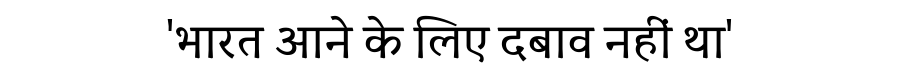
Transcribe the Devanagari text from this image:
'भारत आने के लिए दबाव नहीं था'